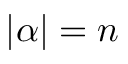
| { \boldsymbol { \alpha } } | = n